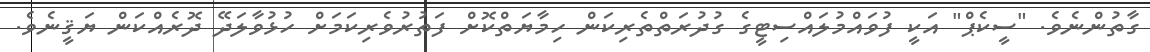
ގާތުންނެވެ. "ސީކެޕް" އަކީ ފުވައްމުލައްސިޓީގެ ގުދުރަތްތެރިކަން ހިމާޔަތްކޮށް ފަތުރުވެރިކަމަށް ހުޅުވާލަދޭ ދޮރެއްކަން ޔަޤީނެވެ.